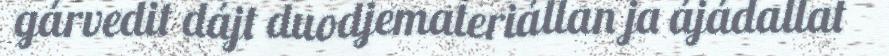
gárvedit dájt duodjemateriállan ja ájádallat